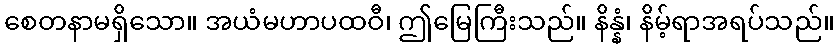
စေတနာမရှိသော။ အယံမဟာပထဝီ၊ ဤမြေကြီးသည်။ နိန္နံ၊ နိမ့်ရာအရပ်သည်။